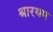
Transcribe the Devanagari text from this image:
श्रारथम